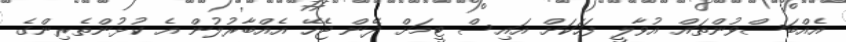
އެއްބަސްވުންތައް އުވާލީ ފަހަކަށް އައިސް ޓީމަށް ދޭން ޖެހޭ އެއްބާރުލުން އެ ކުޅުންތެރިންގެ